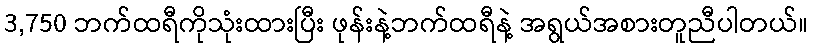
3,750 ဘက်ထရီကိုသုံးထားပြီး ဖုန်းနဲ့ဘက်ထရီနဲ့ အရွယ်အစားတူညီပါတယ်။